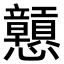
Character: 戅